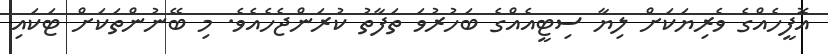
އޮފީހެއްގެ ވެރިޔަކަށް ލިޔާ ސިޓީއެއްގެ ބަހުރުވަ ތަފާތު ކުރަންޖެހެއެވެ. މި ބޭނުންތަކަށް ޓަކައި